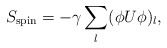
\begin{align*}S_{\rm spin}= - \gamma \sum_l ( \phi U \phi)_l,\end{align*}